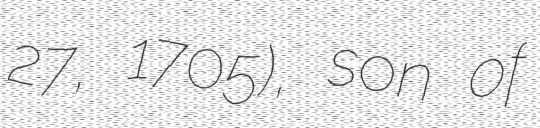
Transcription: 27, 1705), son of